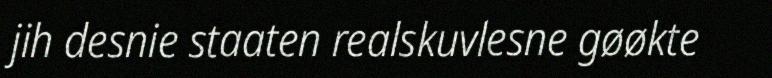
jih desnie staaten realskuvlesne gøøkte